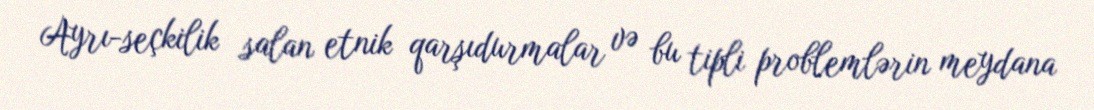
Ayrı-seçkilik salan etnik qarşıdurmalar və bu tipli problemlərin meydana